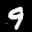
Label: 9